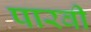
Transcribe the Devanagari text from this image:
पारवी